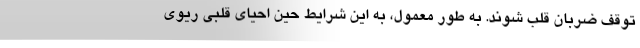
توقف ضربان قلب شوند. به طور معمول، به این شرایط حین احیای قلبی ریوی